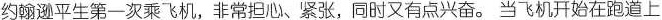
约翰逊平生第一次乘飞机,非常担心、紧张,同时又有点兴奋. 当飞机开始在跑道上